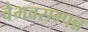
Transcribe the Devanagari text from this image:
वैभवसम्पन्न